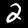
Digit: 2